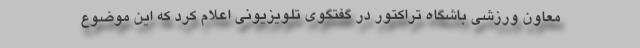
معاون ورزشی باشگاه تراکتور در گفتگوی تلویزیونی اعلام کرد که این موضوع